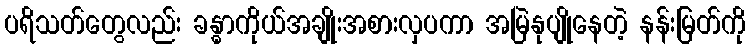
ပရိသတ်တွေလည်း ခန္ဓာကိုယ်အချိုးအစားလှပကာ အမြဲနုပျိုနေတဲ့ နန်းမြတ်ကို